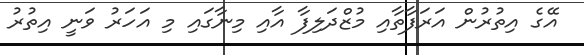
އޭގެ އިތުރުން އަރަފާތާއި މުޒްދަލިފާ އާއި މިނާގައި މި އަހަރު ވަނީ އިތުރު